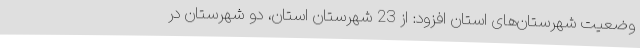
وضعیت شهرستان‌های استان افزود: از 23 شهرستان استان، دو شهرستان در